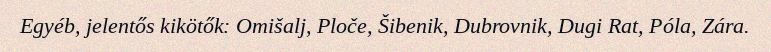
Egyéb, jelentős kikötők: Omišalj, Ploče, Šibenik, Dubrovnik, Dugi Rat, Póla, Zára.